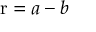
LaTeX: \mathrm { r } = a - b \,